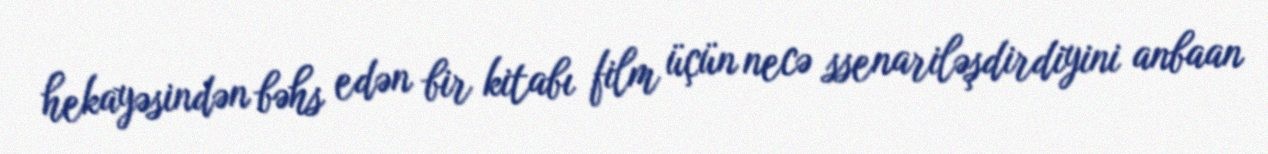
hekayəsindən bəhs edən bir kitabı film üçün necə ssenariləşdirdiyini anbaan